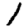
Digit: 1